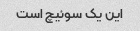
این یک سوئیچ است